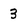
Character: 3